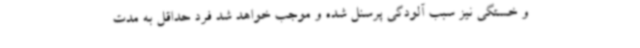
و خستگی نیز سبب آلودگی پرسنل شده و موجب خواهد شد فرد حداقل به مدت